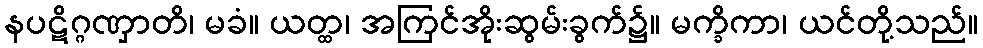
နပဋိဂ္ဂဏှာတိ၊ မခံ။ ယတ္ထ၊ အကြင်အိုးဆွမ်းခွက်၌။ မက္ခိကာ၊ ယင်တို့သည်။